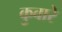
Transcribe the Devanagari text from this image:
कुवारे